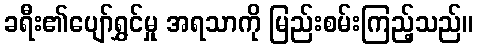
ခရီး၏ပျော်ရွှင်မှု အရသာကို မြည်းစမ်းကြည့်သည်။